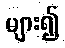
များ၍